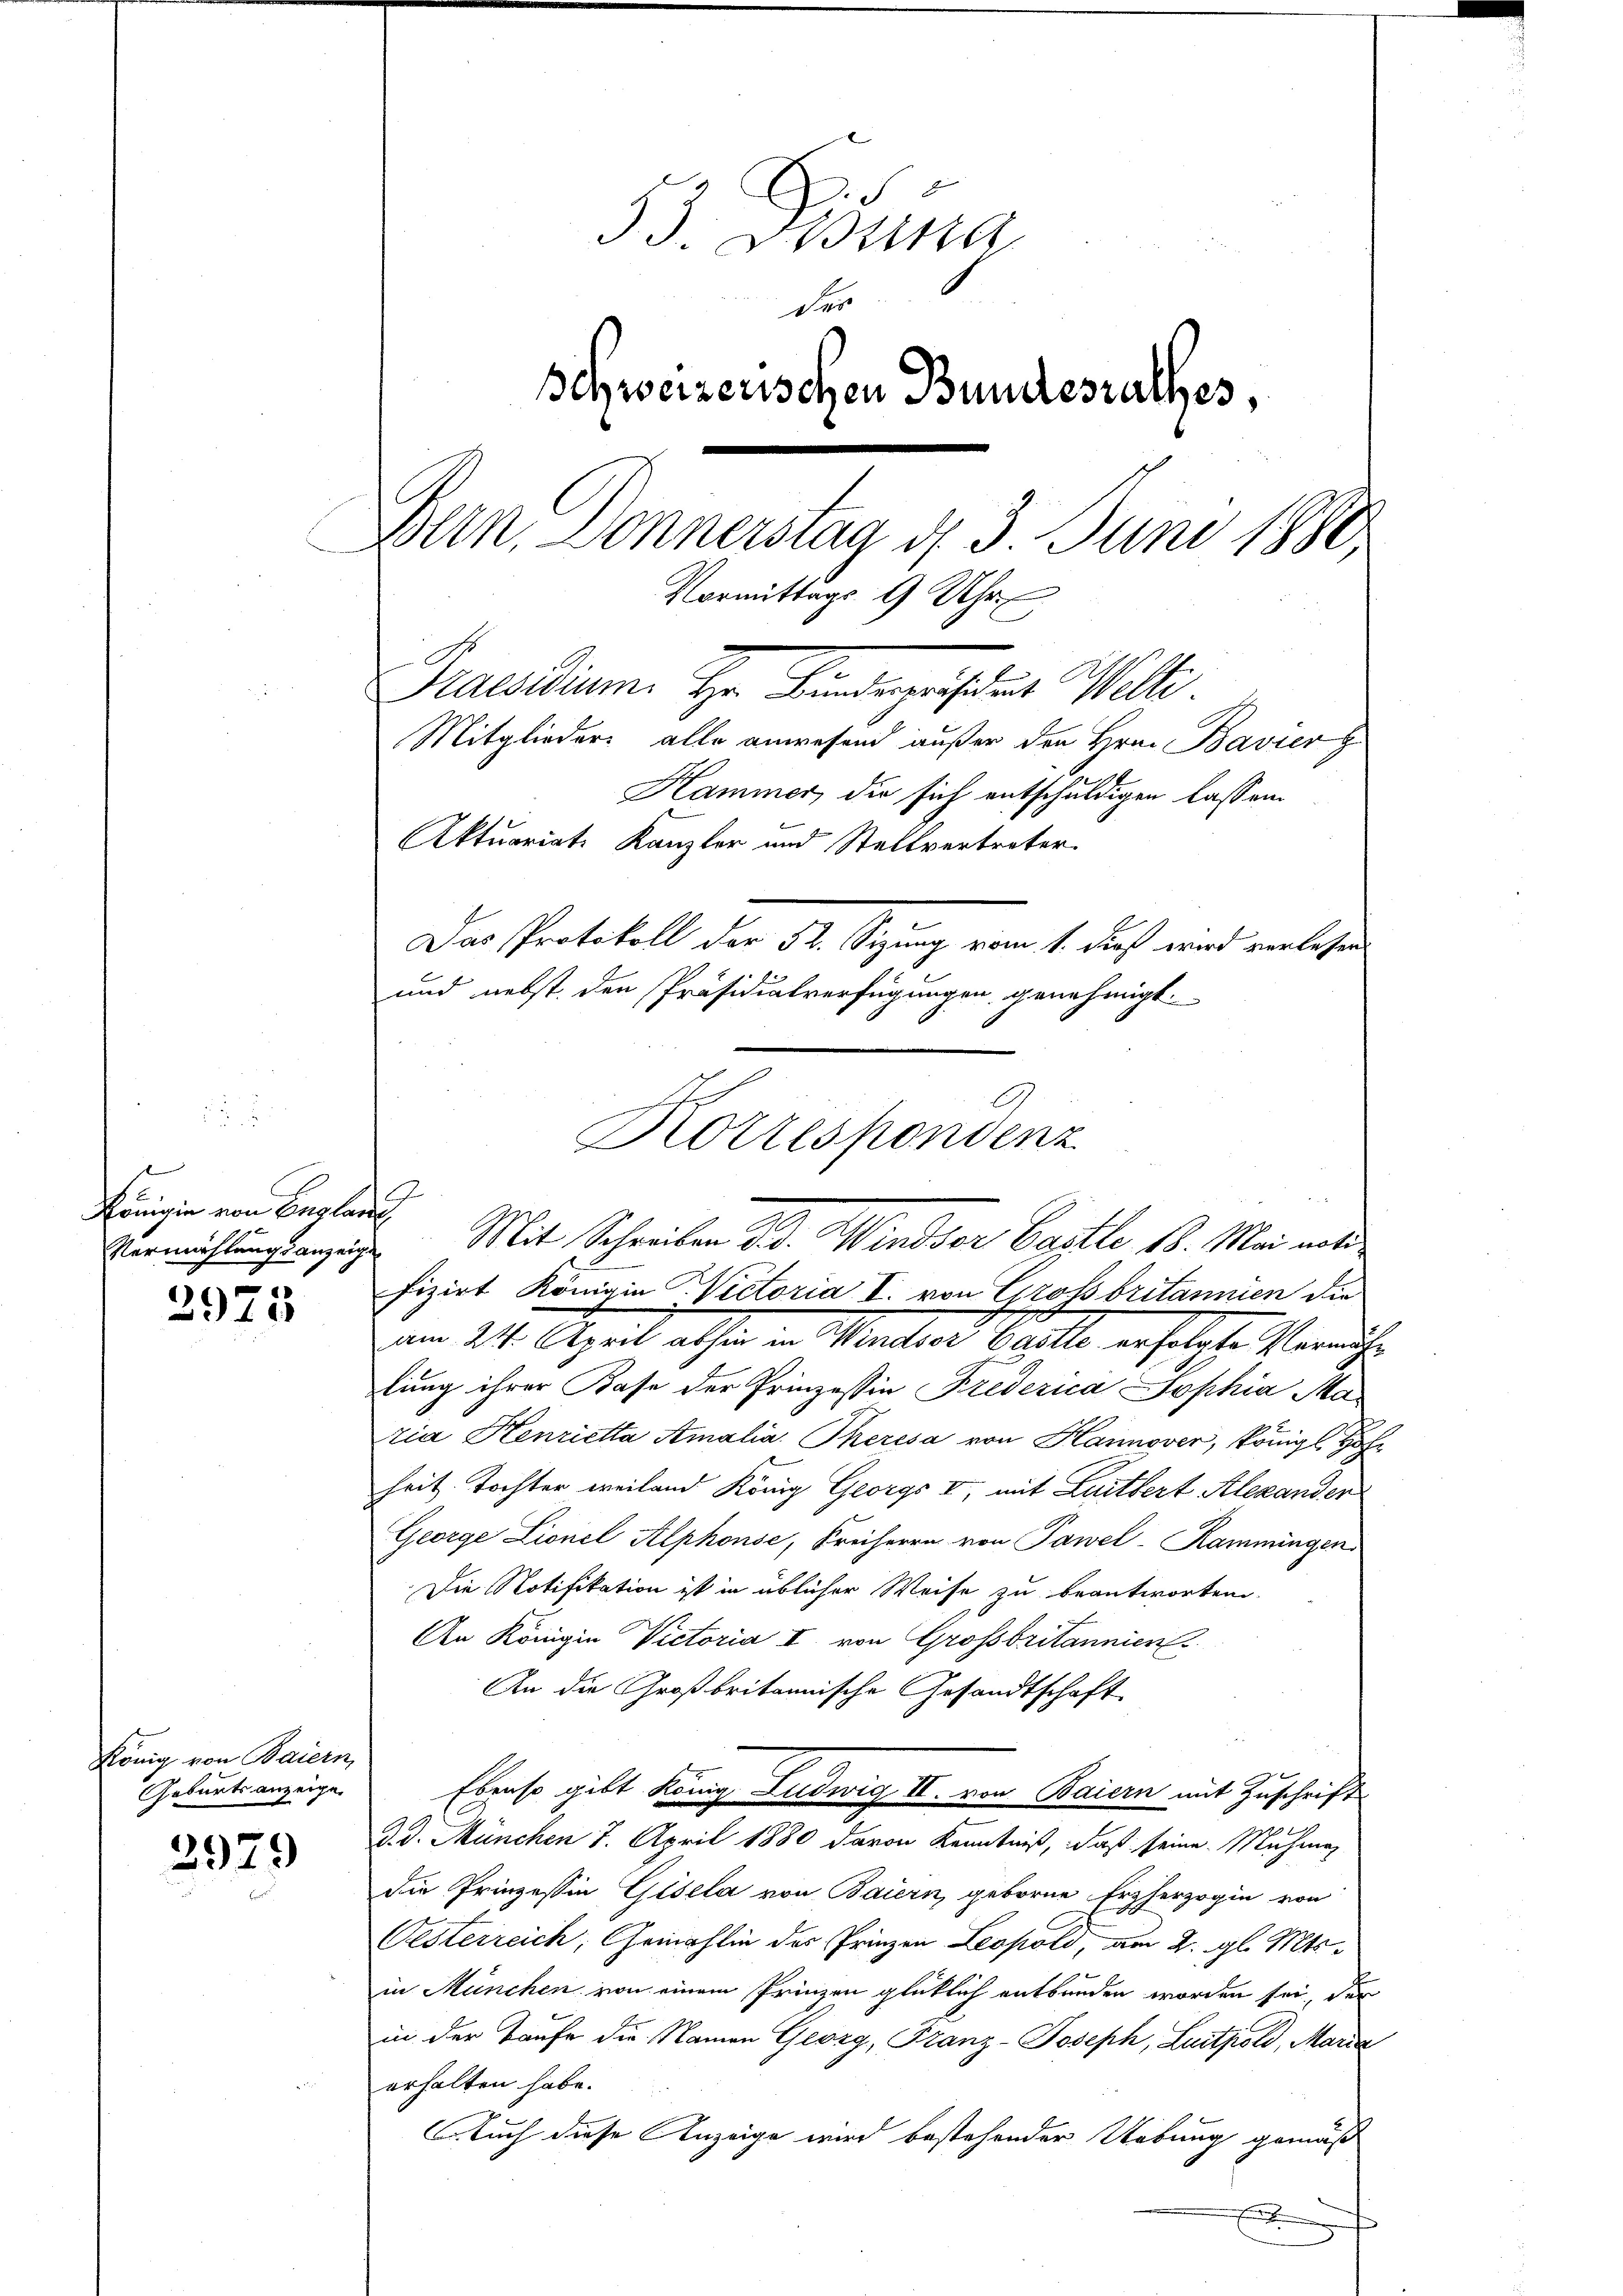
Königin von Englande

2973

König von Baiern,
Geburtsanzeige

2979

a
53. Darina
des
Schweizerischen Bundesrathes,
Dern. Donnerstag d. 3. Juni 1880
Vormittags 9 Uhr
Praesidium. Hr. Findegeistes Willi
Mitglieder alle anwesend außer den Hrn. Bavier
Hammer, die sich entschuldigen lassen.
Aktuariat. Kanzler und Stellvertreter.
Das Protokoll der 32. Sizung vom 1. daß wird verlesen
und nebst den Präsidialverfügungen genehmigt.

9
fizirt Königin Victoria I. von Grossbritannien die
am 24. April abhin in Windser Castle erfolgte Vermute
lung ihrer Kase der Prinzessin Frederica Sophia Ma
ria Henrietta Amalia Theresa von Hannover, königl. Hofheit Tochter weiland König Georgs I, mit Leitbert Alexander
George Lionel Alphonse, Freiherrn von Pawel-Kammingen
Die Notifikation ist in üblicher Weise zu beantworten.
An Königin Victoria I von Grossbritannien
An die Großbritannische Gesandtschaft
Ebenso gibt König Ludwig II. von Baiern mit Zuschrift
d. d. München 7. April 1880 davon Kenntniß, daß seine Muhma
die Prinzessin Gisela von Baiern, geborne Erzherzogin von
Oesterreich, Gemahlin des Prinzen Leopold, am 2. gl. Mts.
in München von einem Prinzen glücklich entbunden worden sei, der
in der Taufe die Namen Georg, Franz-Joseph, Luitpold, Maria
erhalten habe.
Auch diese Anzeige wird bestehender Uebung gemäß

Korrespondenz
Vermählungsanzeige Mit Schreiben d. d. Windsor Castle 18. Mai noti¬